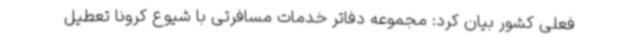
فعلی کشور بیان کرد: مجموعه دفاتر خدمات مسافرتی با شیوع کرونا تعطیل